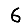
Digit: 6